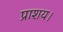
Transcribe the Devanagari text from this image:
प्राशय।